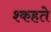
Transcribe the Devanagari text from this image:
श्कहते